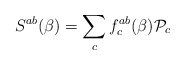
\begin{align*}S^{ab}(\beta) = \sum_c f^{ab}_c (\beta) {\cal P}_c\end{align*}